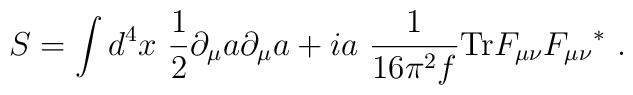
S=\int d^4x \ {1\over 2} \partial _{\mu }a \partial _{\mu }a+i a \ {1\over 16\pi ^2 f} {\rm Tr} F_{\mu \nu }{F_{\mu \nu }}^* \ .